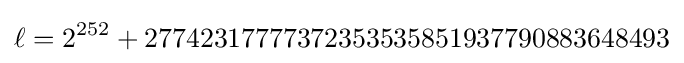
\ell =2^{252}+27742317777372353535851937790883648493